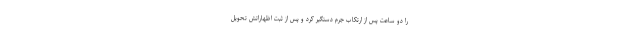
را دو ساعت پس از ارتکاب جرم دستگیر کرد و پس از ثبت اظهاراتش تحویل